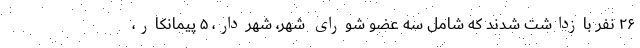
۲۶ نفر بازداشت شدند که شامل سه عضو شورای شهر، شهردار، ۵ پیمانکار،